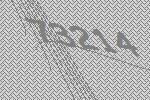
73214